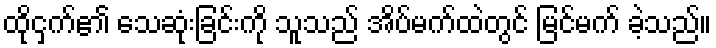
ထိုငှက်၏ သေဆုံးခြင်းကို သူသည် အိပ်မက်ထဲတွင် မြင်မက် ခဲ့သည်။